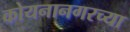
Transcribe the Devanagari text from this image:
कोयनानगरच्या